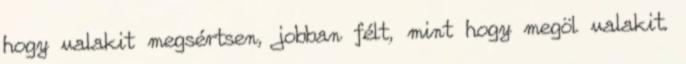
hogy valakit megsértsen, jobban félt, mint hogy megöl valakit.